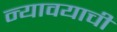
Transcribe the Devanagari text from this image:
न्यावयाची